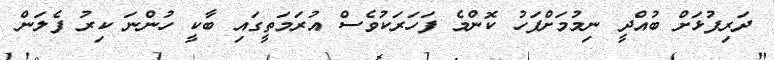
ދަރިފުޅަށް ބުއްދީ ނިމުމަށްފަހު ކޮންމެ ފަހަރަކުވެސް އުރަމަތީގައި ބާކީ ހުންނަ ކިރު ފެލަން